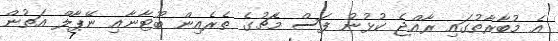
އެ މުބާރާތުގައި ރާއްޖެ ކުޅުނު ފަސް މެޗުގެ ތެރެއިން ބޫޓާނާއި ނޭޕާލް އަތުން